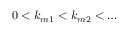
0 < k _ { m 1 } < k _ { m 2 } < \ldots